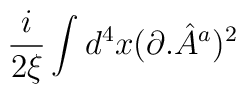
\frac{i}{2\xi }\int d^{4}x(\partial .{\hat{A}}^{a})^{2}